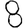
Digit: 8